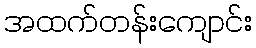
အထက်တန်းကျောင်း